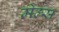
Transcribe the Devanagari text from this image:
मेल्स